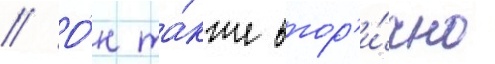
// О́н та́кже втор'и́чно